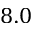
8 . 0